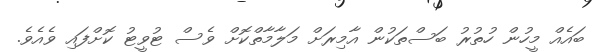
ބައެއް މީހުން ހުތުރު ބަސްތަކުން އާމިރަށް މަލާމާތްކޮށް ވެސް ޓުވީޓު ކޮށްފައި ވެއެވެ.